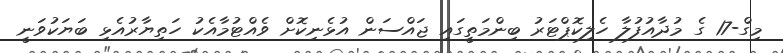
މިގް-17 ގެ މުދާއުފުލާ ހެލިކޮޕްޓަރު ބިންމަތީގައި ޖައްސަން އުޅެނިކޮށް ވެއްޓުމާއެކު ހަތިޔާރުއެޅި ބަޔަކުވަނީ